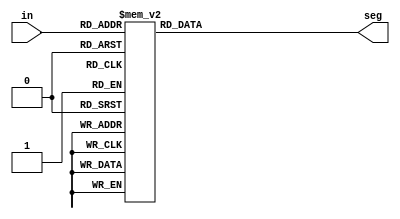
`timescale 1ns / 1ps
module Decoder7Segment(
    input [3:0] in,
    output reg [6:0] seg
);
    always @(in) begin
        case(in)
            4'b0000: seg <= 7'b1000000;  // Display 0
            4'b0001: seg <= 7'b1111001;  // Display 1
            4'b0010: seg <= 7'b0100100;  // Display 2
            4'b0011: seg <= 7'b0110000;  // Display 3
            4'b0100: seg <= 7'b0011001;  // Display 4
            4'b0101: seg <= 7'b0010010;  // Display 5
            4'b0110: seg <= 7'b0000010;  // Display 6
            4'b0111: seg <= 7'b1111000;  // Display 7
            4'b1000: seg <= 7'b0000000;  // Display 8
            4'b1001: seg <= 7'b0010000;  // Display 9
            default: seg <= 7'b1111111;   // Display nothing (7-segment off)
        endcase
    end
endmodule